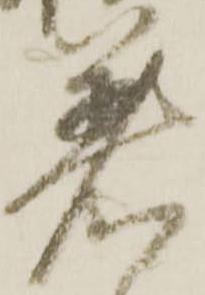
着